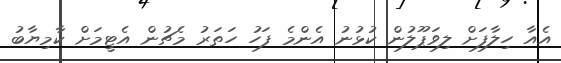
އެއާ ހިލާފަށް ލިވަޕޫލުން ކުޅުނު އެންމެ ފަހު ހަތަރު މެޗުން އެޓީމަށް ކާމިޔާބު